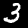
Digit: 3